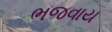
ભજવાય